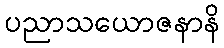
ပညာသယောဇနာနိ